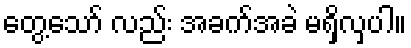
တွေ့သော် လည်း အခက်အခဲ မရှိလှပါ။